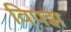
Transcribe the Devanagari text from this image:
विपझ